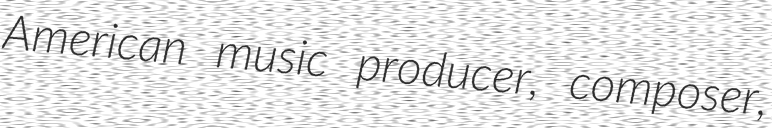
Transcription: American music producer, composer,